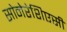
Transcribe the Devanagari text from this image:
सोनेरेशिएसी